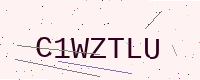
Text: C1WZTLU